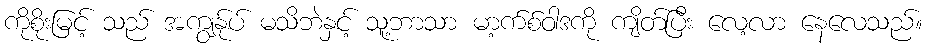
ကိုစိုးမြင့် သည် အကျွန်ုပ် မသိဘဲနှင့် သူ့ဘာသာ မာ့က်စ်ဝါဒကို ကျိတ်ပြီး လေ့လာ နေလေသည်။